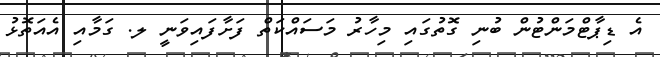
އެ ޑިޕާޓްމަންޓުން ބުނި ގޮތުގައި މިހާރު މަސައްކަތް ފަށާފައިވަނީ ލ. ގަމާއި އެއަތޮޅު